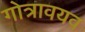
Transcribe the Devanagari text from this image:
गोत्रावयव